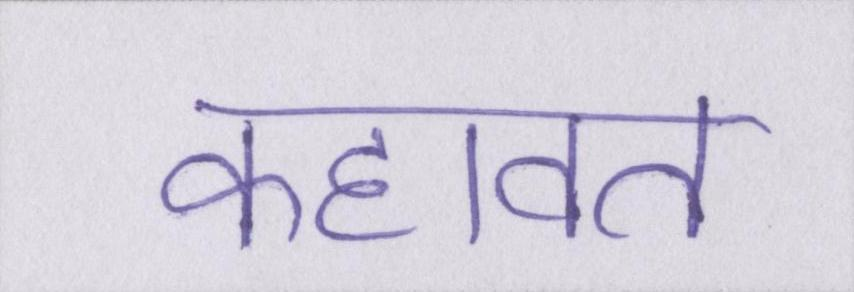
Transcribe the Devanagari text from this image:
कहावत